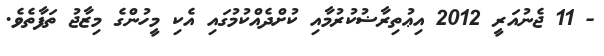
- 11 ޖެނުއަރީ 2012 އިޢުތިރާޟުކުރުމާއި ކުށްދެއްކުމުގައި އެކި މީހުންގެ މިޒާޖު ތަފާތެވެ.